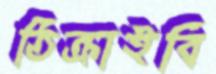
ঠিক্‌রাইবি